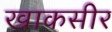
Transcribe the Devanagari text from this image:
खाकसीर